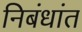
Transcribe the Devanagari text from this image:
निबंधांत